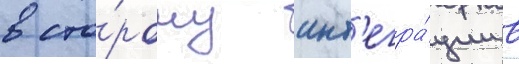
в сто́рону инт'егра́ции в